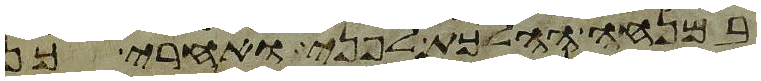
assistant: במנחה ההלכת לפני ואחרי כן